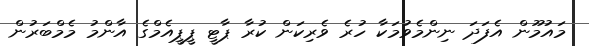
މައުމޫން އެފަދަ ނިންމެވުމަކާ ހުރެ ވެރިކަން ކުރާ ޕާޓީ ޕީޕީއެމްގެ އާންމު މެމްބަރުން